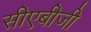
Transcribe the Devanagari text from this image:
सीएबीजी